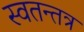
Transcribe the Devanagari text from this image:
स्वतन्तत्र